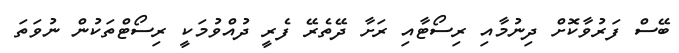
ބޭސް ފަރުވާކޮށް ދިނުމާއި ރިސޯޓާއި ރަށާ ދޭތެރޭ ފެރީ ދުއްވުމަކީ ރިސޯޓްތަކުން ނުވަތަ